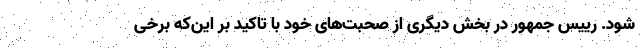
شود. رییس جمهور در بخش دیگری از صحبت‌های خود با تاکید بر این‌که برخی